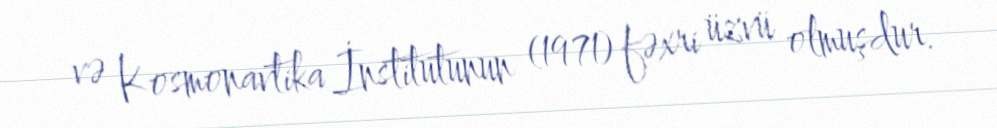
və Kosmonavtika İnstitutunun (1971) fəxri üzvü olmuşdur.